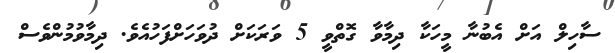
ސާހިލް އަށް އެބުނާ މީހަކާ ދިމާވާ ގޮތްވީ 5 ވަރަކަށް ދުވަހަށްފަހުއެވެ. ދިމާވުމުންވެސް